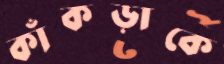
কাঁকড়াকে